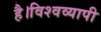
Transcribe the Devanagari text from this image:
है।विश्वव्यापी